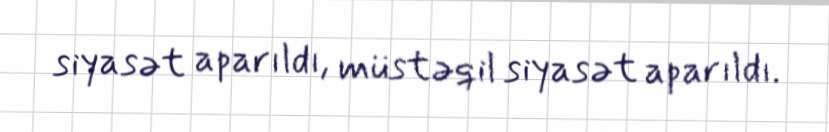
siyasət aparıldı, müstəqil siyasət aparıldı.